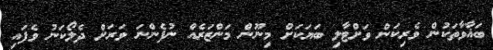
ބަޣާވާތަކުން ވެރިކަން ވަށްޓާލި ބަޔަކަށް މިނޫން މަންޒަރެއް ނުފެންނަ ވަރަށް ދެލޯކަނު ވެފައި